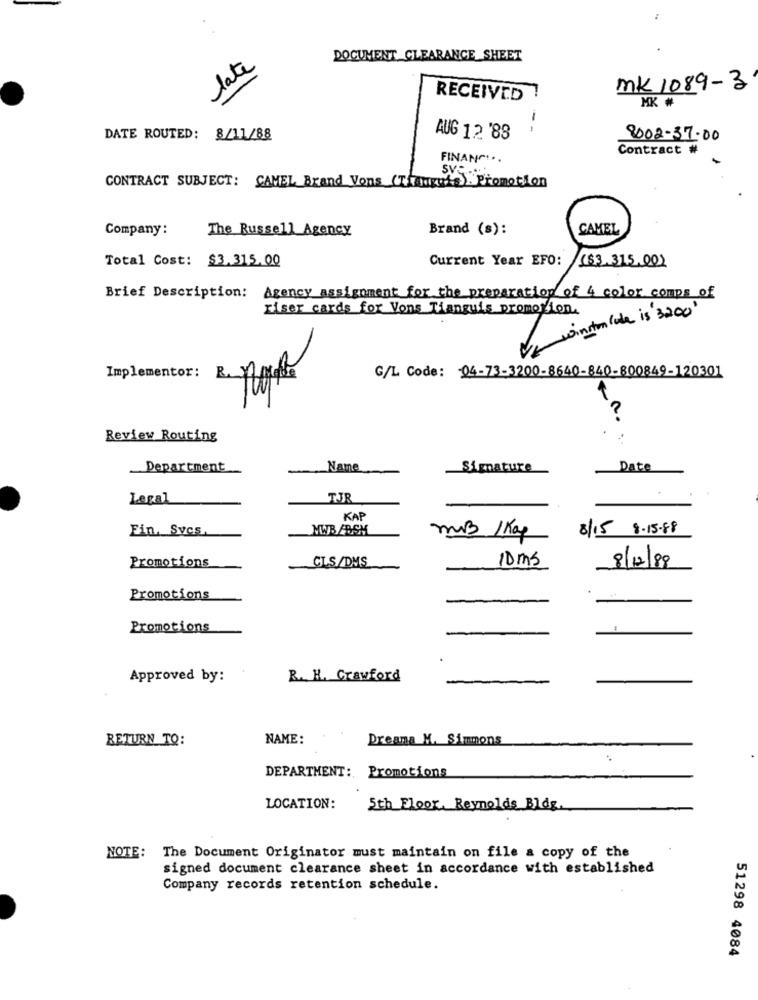
late
DOCUMENT CLEARANCE SHEET
MK 1089-3
RECEIVED
MK #
DATE ROUTED: 8/11/88
AUG 12 '88
8002-37.00
Contract #
FINANCI ..
CONTRACT SUBJECT: CAMEL Brand Vons (Tianguis). Promotion
Company :
The Russell Agency
Brand (s):
CAMEL
Current Year EFO:
($3.315.00)
Total Cost: $3.315.00
Brief Description: Agency assignment for the preparation of 4 color comps of
riser cards for Vons Tianguis promotion.
/2 winston lote is 3200'
G/L Code: 04-73-3200-8640-840-800849-120301
Implementor: R. Apple
Review Routing
Department
Name
Signature
Date
Legal
TJR
KAP
Fin, Svcs
MWBABSM
8/15 8-15.88
MB /Kap
CLS/DMS
10ms
Promotions
8/12/89
Promotions
Promotions
Approved by:
R. H. Crawford
RETURN TO:
NAME:
Dreama M. Simmons
DEPARTMENT: Promotions
LOCATION:
5th Floor. Reynolds Bldg.
NOTE: The Document Originator must maintain on file a copy of the
signed document clearance sheet in accordance with established
Company records retention schedule.
51298 4084